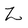
Character: Z